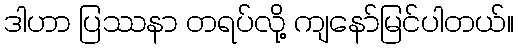
ဒါဟာ ပြဿနာ တရပ်လို့ ကျနော်မြင်ပါတယ်။